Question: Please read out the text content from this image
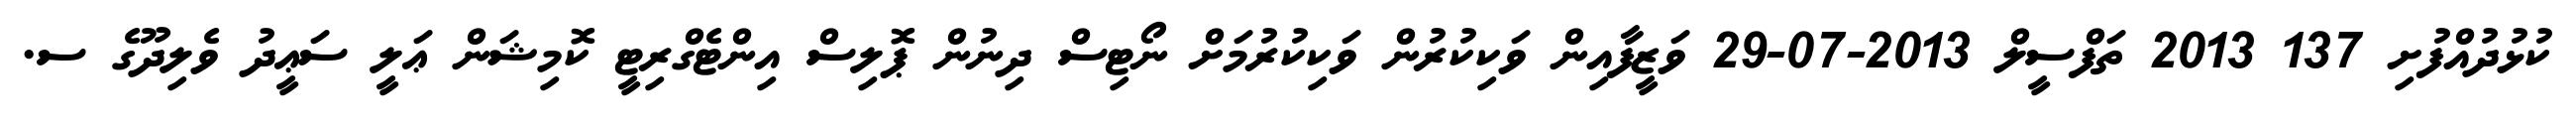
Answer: ކުޅުދުއްފުށި 137 2013 ތަފްސީލް 2013-07-29 ވަޒީފާއިން ވަކިކުރުން ވަކިކުރުމަށް ނޯޓިސް ދިނުން ޕޮލިސް އިންޓެގްރިޓީ ކޮމިޝަން ޢަލީ ސަޢީދު ވެލިދޫގެ ސ.